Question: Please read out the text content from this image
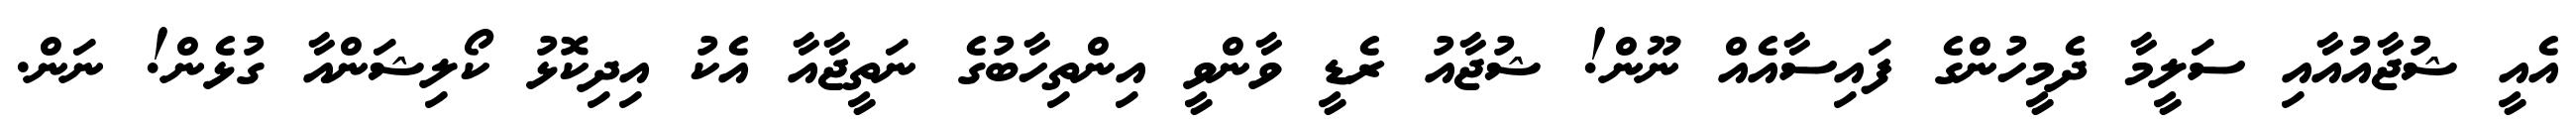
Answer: އެއީ ޝުޖާއުއާއި ސަލީމާ ދެމީހުންގެ ފައިސާއެއް ނޫން! ޝުޖާއު ރެޑީ ވާންވީ އިންތިހާބުގެ ނަތީޖާއާ އެކު އިދިކޮޅު ކޯލިޝަންއާ ގުޅެން! ނަން.